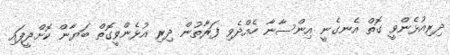
ދިރިއުޅެންވީ ގޮތް އެނގެނީ އިންސާނާ ހެއްދެވި ފަރާތުން ދިރި އުޅެންވީގޮތް ބަޔާން ކޮށްދީފައި